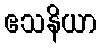
ဧသနိယာ